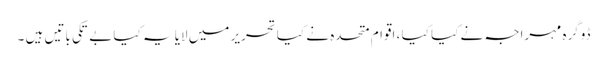
ڈوگرہ مہراجہ نے کیا کیا ، اقوام متحدہ نے کیا تحریر میں لایا یہ کیا بے تکی باتیں ہیں ۔